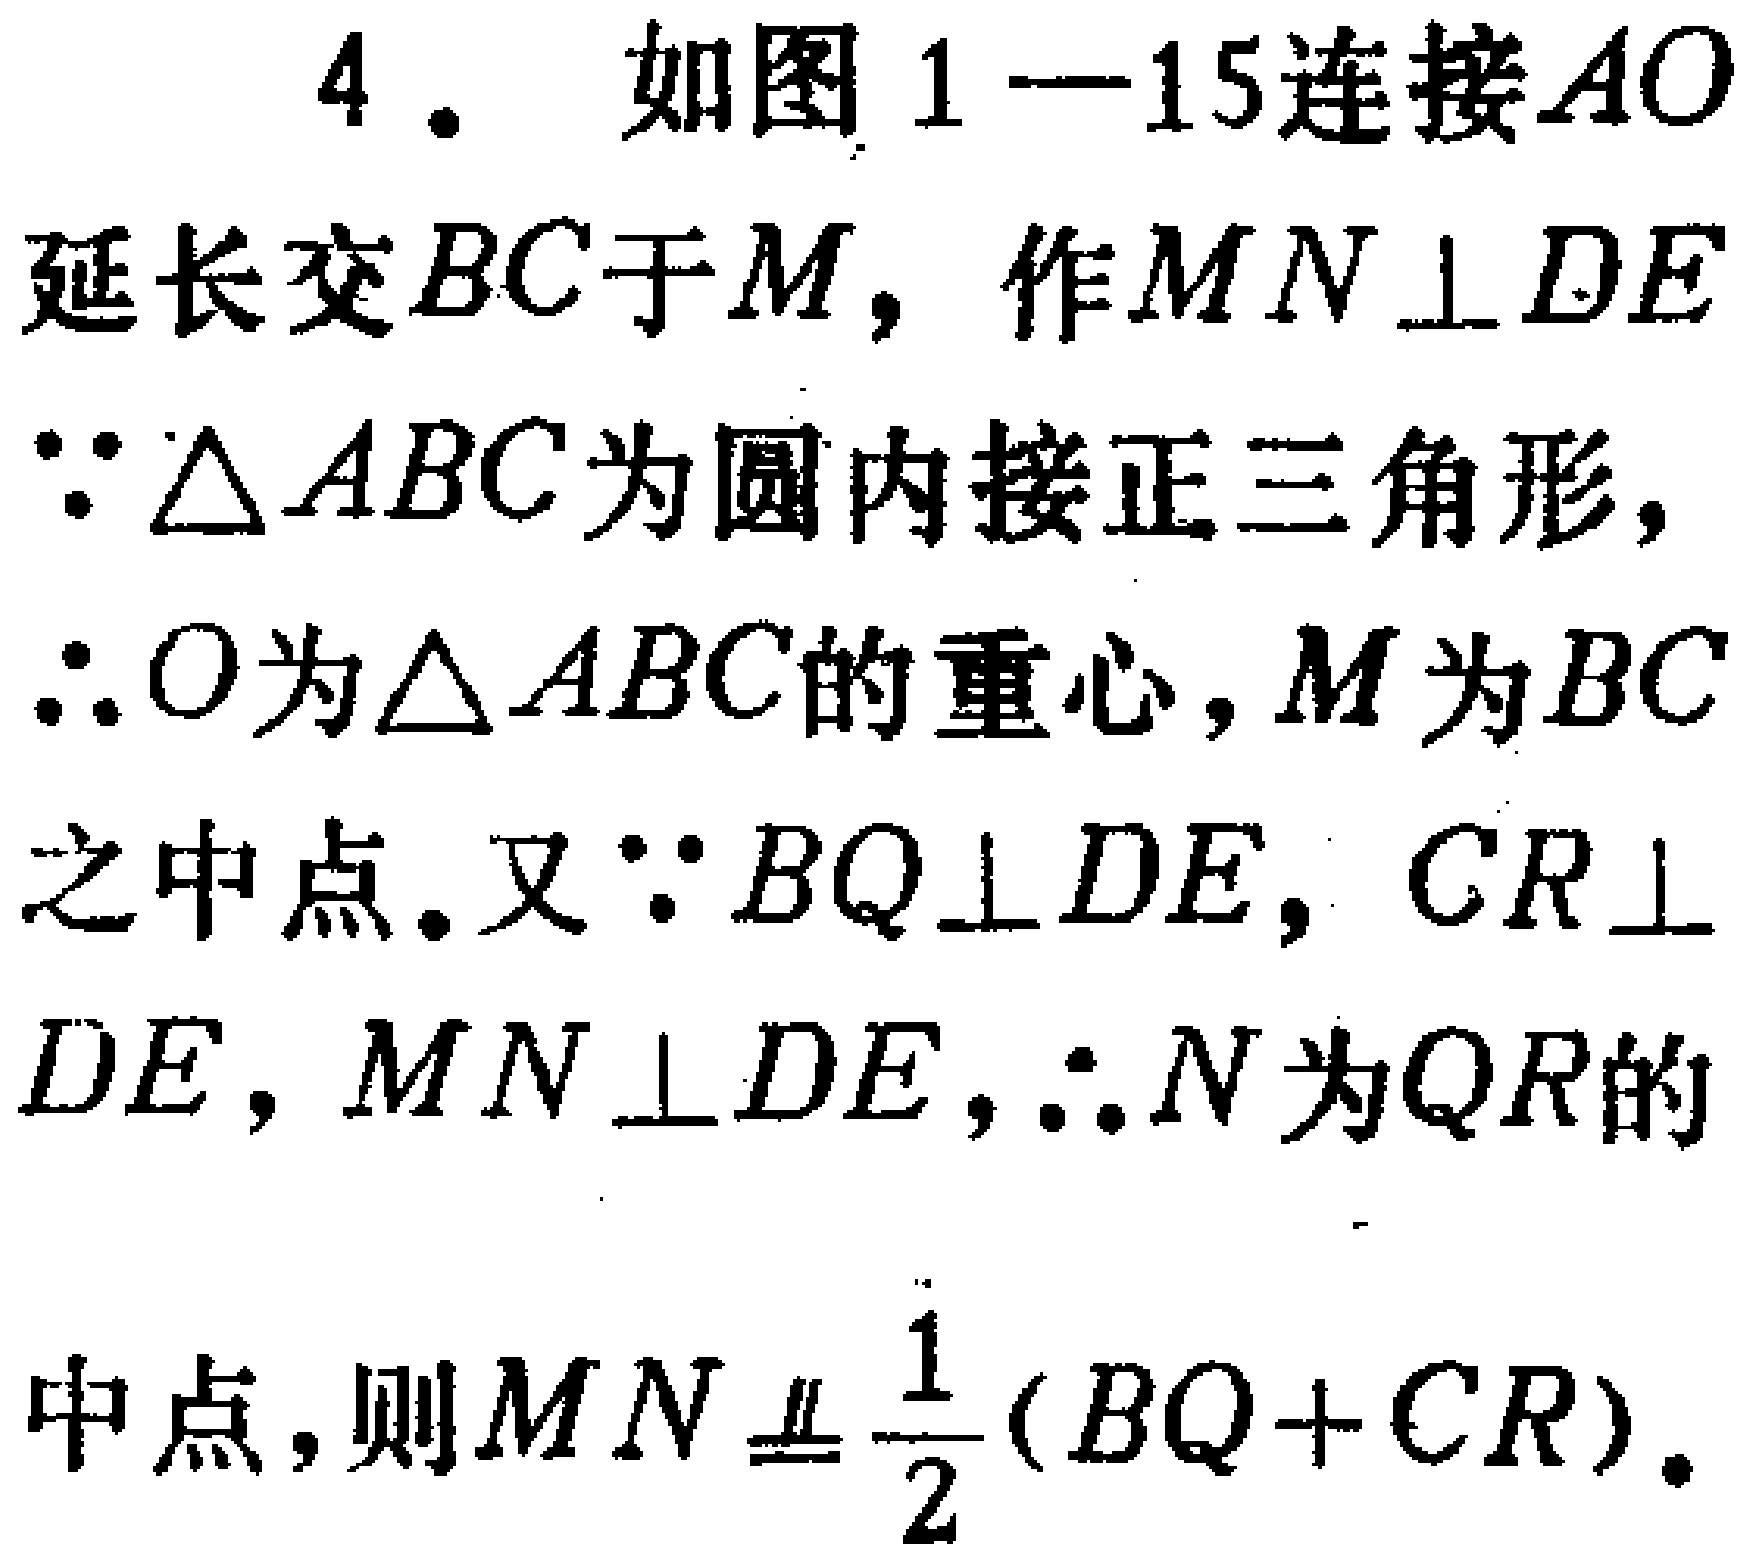
4. 如图1—15连接\(AO\)
延长交\(BC\)于\(M\)，作\(MN \perp DE\)
\(\because \triangle ABC\)为圆内接正三角形，
\(\therefore O\)为\(\triangle ABC\)的重心，\(M\)为\(BC\)
之中点。又\(\because BQ\perp DE\)，\(CR \perp\)
\(DE\)，\(MN \perp DE\)，\(\therefore N\)为\(QR\)的
中点，则\(MN\equalparallel \frac{1}{2}(BQ + CR)\)。